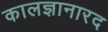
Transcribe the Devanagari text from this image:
कालज्ञानारद